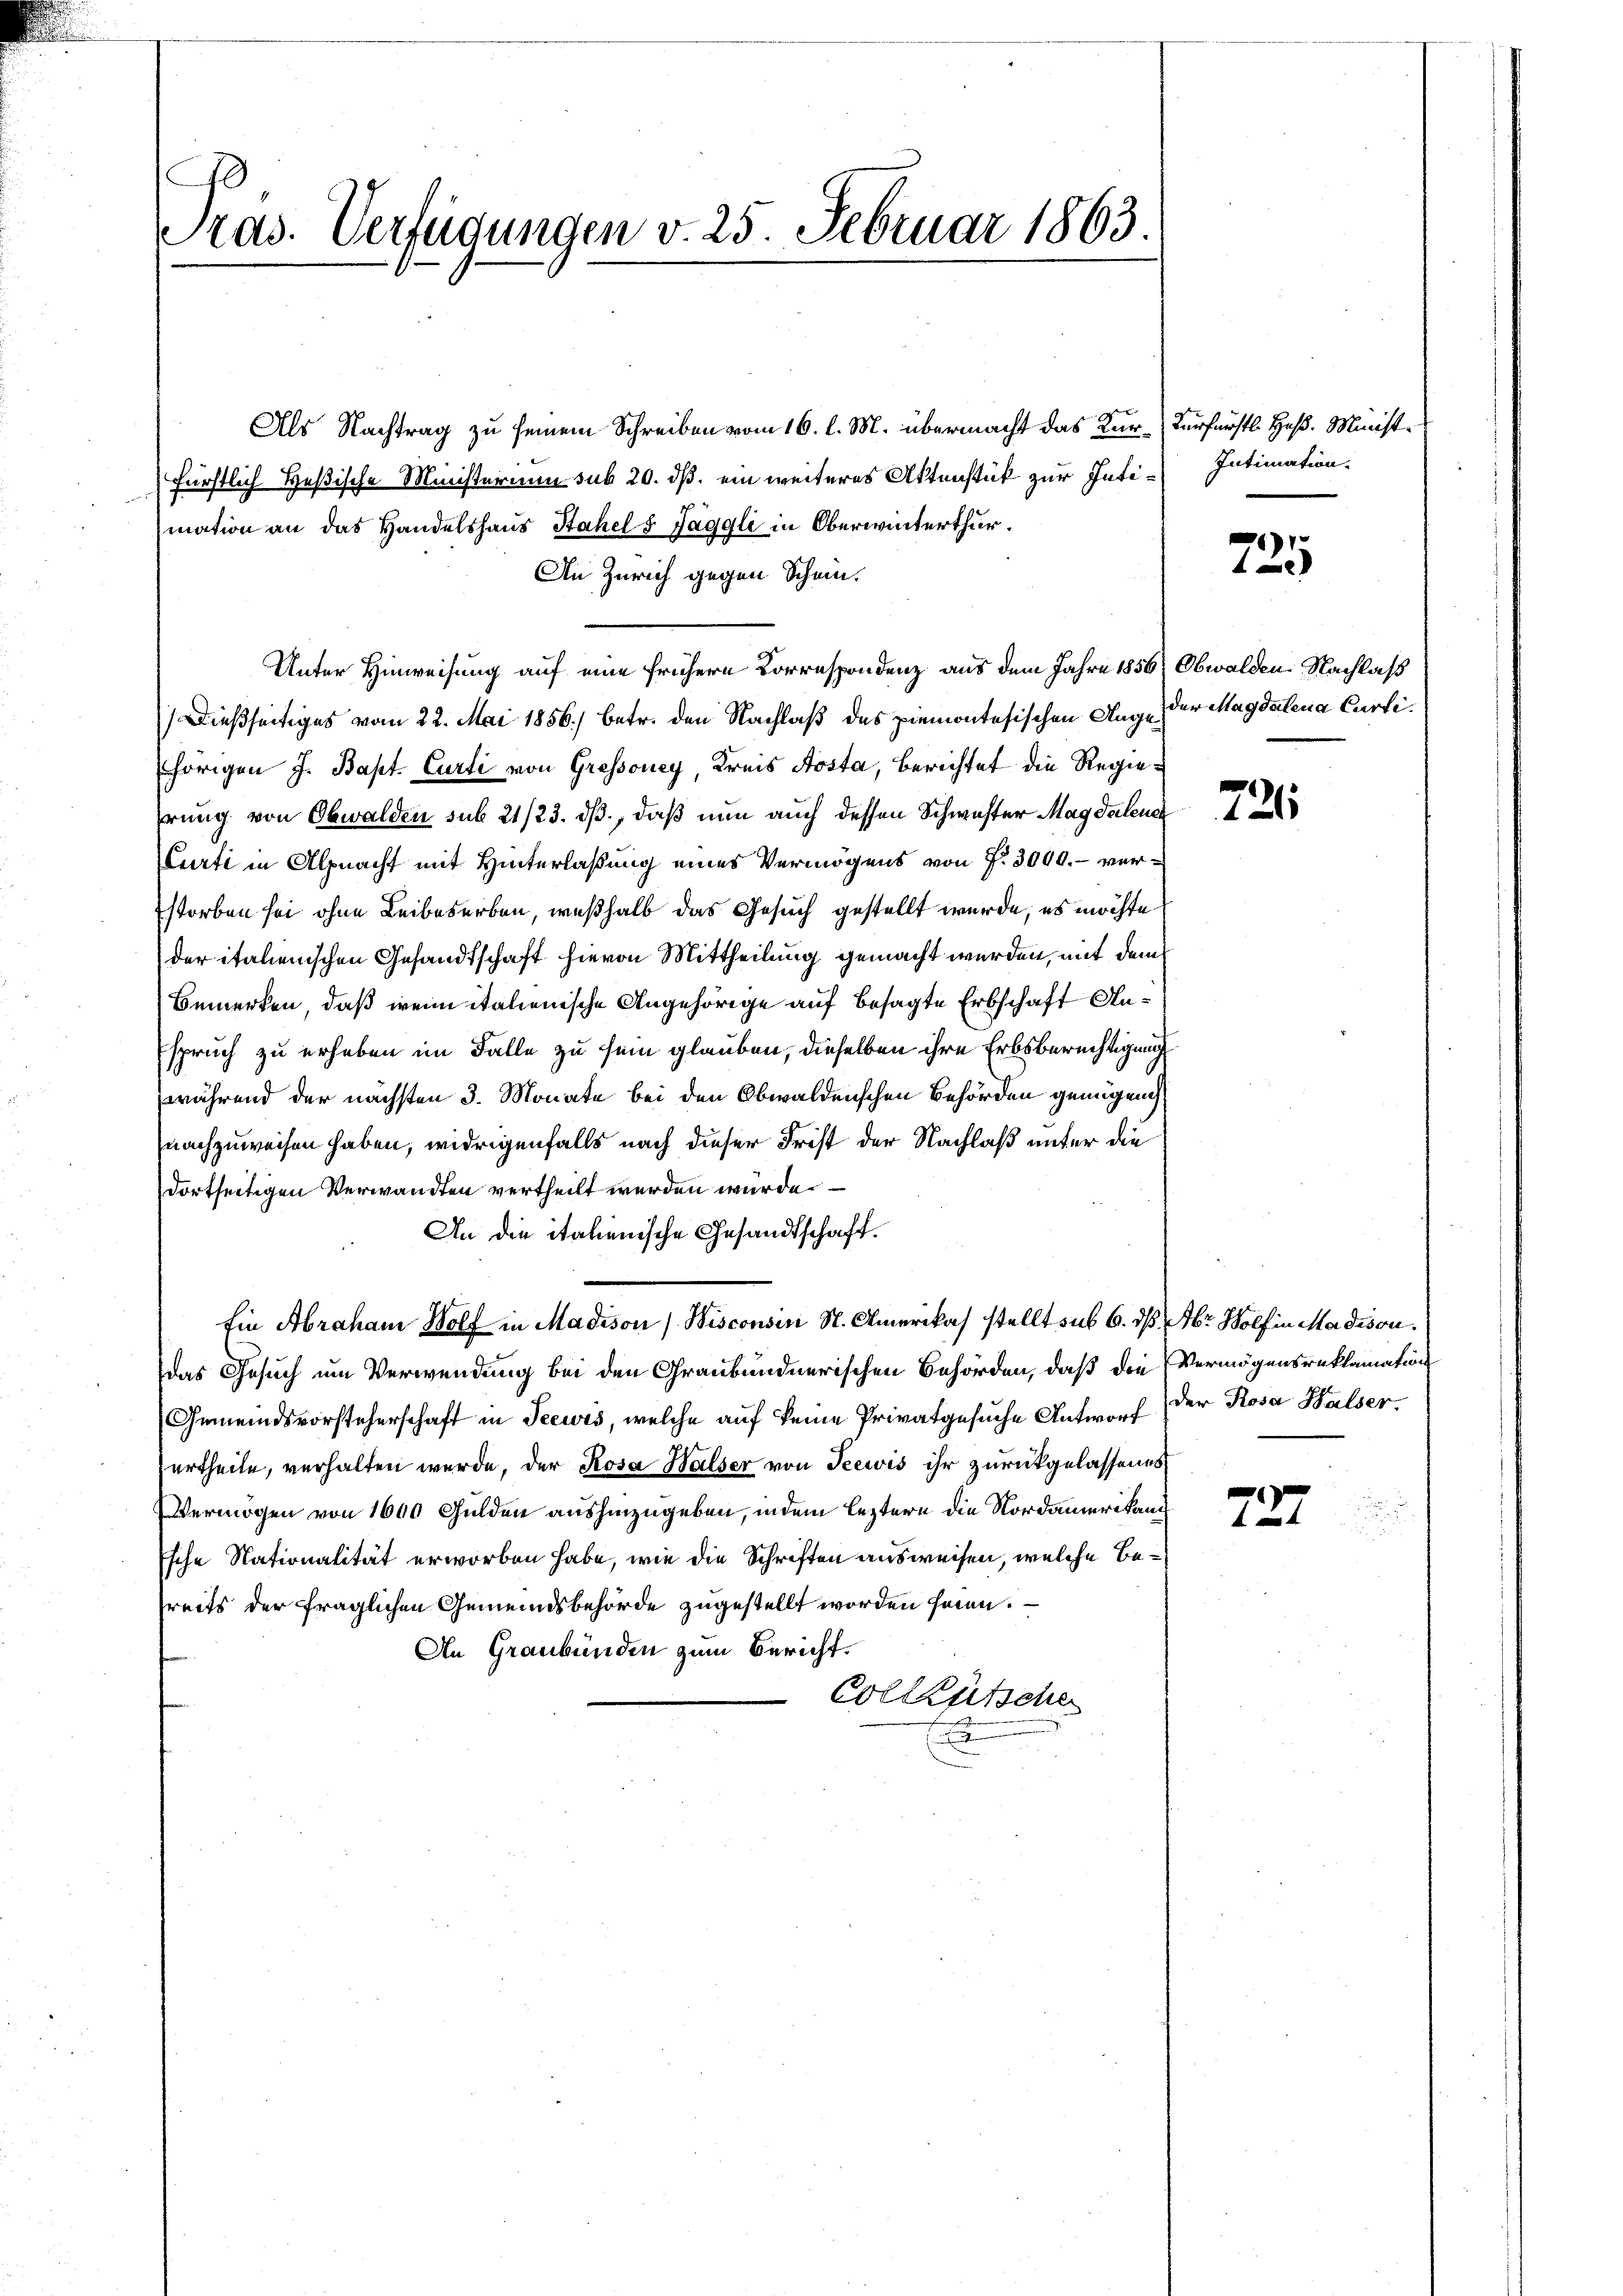
s
Pras. Verfügungen v. 25 Februar 1863

Als Nachtrag zu seinem Schreiben vom 16. l. M. übermacht das Kur-Verfürstl. Heß. Minist.
fürstlich Heßische Ministerium sub 20. ds. ein weiteres Aktenstück zur Intimation an das Handelshaus Stahel 5 Jäggli in Oberwinterthur.
An Zürich gegen Schein.
Unter Hinweisung auf eine frühere Korrespondenz aus dem Jahre 1856, Obwalden Nachlaß
Dießseitiges vom 22. Mai 1856.) betr. den Nachlaß des piemontesischen Angehörigen J. Bapt. Curti von Grossoney, Kreis Aosta, Berichtet die Regieerung von Obwalden sub 21/23. dß, daß nun auch dessen Schwester Magdalenen
Curti in Alpnacht mit Hinterlaßung eines Vermögens von P. 3000.- verstorben sei ohne Leibeserben, weßhalb das Gesuch gestellt wurde, es möchte
der italienischen Gesandtschaft hievon Mittheilung gemacht werden, mit dem
Bemerken, daß wenn italienische Angehörige auf besagte Erbschaft Anspruch zu erheben im Falle zu sein glauben, dieselben ihre Erbsberechtigung
(während der nächsten 3. Monate bei den Obwaldenschen Behörden genügend
nachzuweisen haben, widrigenfalls nach dieser Frist der Nachlaß unter die
dortseitigen Verwandten vertheilt werden würde.
An die italienische Gesandtschaft.
Ein Abraham Wolf in Madison (Wisconsin St. Amerikas stellt sub 6. ds. Aber Wolf in Madison.
das Gesuch um Verwendung bei den Graubündnerischen Behörden, daß die Vermögensreklamation
Gemeindsvorsteherschaft in Seewis, welche auf keine Privatgesuche Antworf der Rosa Halser,
urtheile, verhalten wurde, der Rosa Halser von Seewis ihr zurückgelassenes
Vermögen von 1600 Gulden aushinzugeben, indem leztern die Nordamerikani
Esche Nationalität erworben habe, wie die Schriften ausweisen, welche Bereits der fraglichen Gemeindsbehörde zugestellt worden seien.
An Graubünden zum Bericht.
Colleütsche
.

Intimation.

71)
4

der Magdalena Curti.

721.

727